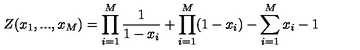
Z ( x _ { 1 } , . . . , x _ { M } ) = \prod _ { i = 1 } ^ { M } \frac { 1 } { 1 - x _ { i } } + \prod _ { i = 1 } ^ { M } ( 1 - x _ { i } ) - \sum _ { i = 1 } ^ { M } x _ { i } - 1